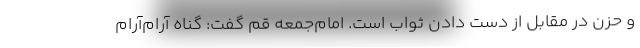
و حزن در مقابل از دست دادن ثواب است. امام‌جمعه قم گفت: گناه آرام‌آرام